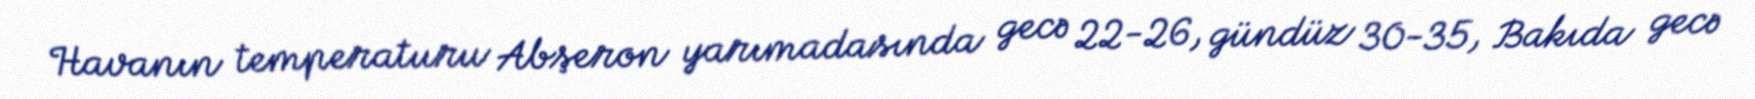
Havanın temperaturu Abşeron yarımadasında gecə 22-26, gündüz 30-35, Bakıda gecə